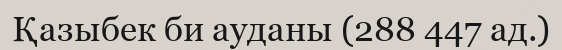
Қазыбек би ауданы (288 447 ад.)